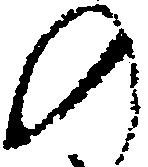
の